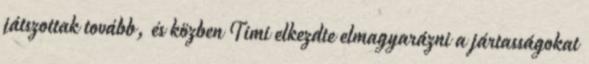
játszottak tovább, és közben Timi elkezdte elmagyarázni a jártasságokat